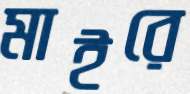
মাইরে